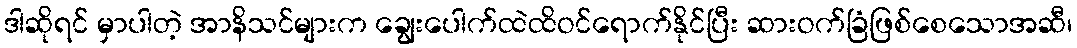
ဒါဆိုရင် မှာပါတဲ့ အာနိသင်များက ချွေးပေါက်ထဲထိဝင်ရောက်နိုင်ပြီး ဆားဝက်ခြံဖြစ်စေသောအဆီ၊